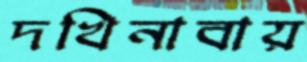
দখিনাবায়